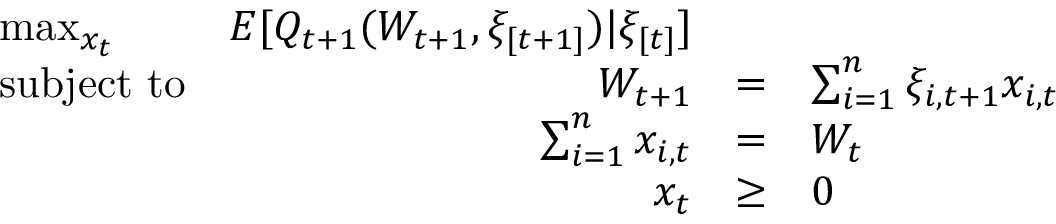
{ \begin{array} { l r c l r } { \operatorname* { m a x } _ { x _ { t } } } & { E [ Q _ { t + 1 } ( W _ { t + 1 } , \xi _ { [ t + 1 ] } ) | \xi _ { [ t ] } ] } & \\ { { \mathrm { s u b j e c t ~ t o } } } & { W _ { t + 1 } } & { = } & { \sum _ { i = 1 } ^ { n } \xi _ { i , t + 1 } x _ { i , t } } \\ & { \sum _ { i = 1 } ^ { n } x _ { i , t } } & { = } & { W _ { t } } \\ & { x _ { t } } & { \geq } & { 0 } \end{array} }